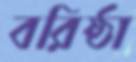
বরিষ্ঠা